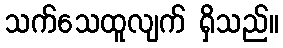
သက်သေထူလျက် ရှိသည်။